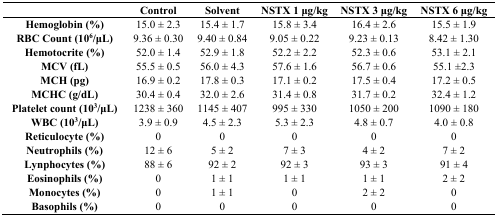
<table><thead><tr><td></td><td><b>Control</b></td><td><b>Solvent</b></td><td><b>NSTX 1 μg/kg</b></td><td><b>NSTX 3 μg/kg</b></td><td><b>NSTX 6 μg/kg</b></td></tr></thead><tbody><tr><td><b>Hemoglobin (%)</b></td><td>15.0 ± 2.3</td><td>15.4 ± 1.7</td><td>15.8 ± 3.4</td><td>16.4 ± 2.6</td><td>15.5 ± 1.9</td></tr><tr><td><b>RBC Count (10<sup>6</sup>/μL)</b></td><td>9.36 ± 0.30</td><td>9.40 ± 0.84</td><td>9.05 ± 0.22</td><td>9.23 ± 0.13</td><td>8.42 ± 1.30</td></tr><tr><td><b>Hemotocrite (%)</b></td><td>52.0 ± 1.4</td><td>52.9 ± 1.8</td><td>52.2 ± 2.2</td><td>52.3 ± 0.6</td><td>53.1 ± 2.1</td></tr><tr><td><b>MCV (fL)</b></td><td>55.5 ± 0.5</td><td>56.0 ± 4.3</td><td>57.6 ± 1.6</td><td>56.7 ± 0.6</td><td>55.1 ±2.3</td></tr><tr><td><b>MCH (pg)</b></td><td>16.9 ± 0.2</td><td>17.8 ± 0.3</td><td>17.1 ± 0.2</td><td>17.5 ± 0.4</td><td>17.2 ± 0.5</td></tr><tr><td><b>MCHC (g/dL)</b></td><td>30.4 ± 0.4</td><td>32.0 ± 2.6</td><td>31.4 ± 0.8</td><td>31.7 ± 0.2</td><td>32.4 ± 1.2</td></tr><tr><td><b>Platelet count (10<sup>3</sup>/μL)</b></td><td>1238 ± 360</td><td>1145 ± 407</td><td>995 ± 330</td><td>1050 ± 200</td><td>1090 ± 180</td></tr><tr><td><b>WBC (10<sup>3</sup>/μL)</b></td><td>3.9 ± 0.9</td><td>4.5 ± 2.3</td><td>5.3 ± 2.3</td><td>4.8 ± 0.7</td><td>4.0 ± 0.8</td></tr><tr><td><b>Reticulocyte (%)</b></td><td>0</td><td>0</td><td>0</td><td>0</td><td>0</td></tr><tr><td><b>Neutrophils (%)</b></td><td>12 ± 6</td><td>5 ± 2</td><td>7 ± 3</td><td>4 ± 2</td><td>7 ± 2</td></tr><tr><td><b>Lynphocytes (%)</b></td><td>88 ± 6</td><td>92 ± 2</td><td>92 ± 3</td><td>93 ± 3</td><td>91 ± 4</td></tr><tr><td><b>Eosinophils (%)</b></td><td>0</td><td>1 ± 1</td><td>1 ± 1</td><td>1 ± 1</td><td>2 ± 2</td></tr><tr><td><b>Monocytes (%)</b></td><td>0</td><td>1 ± 1</td><td>0</td><td>2 ± 2</td><td>0</td></tr><tr><td><b>Basophils (%)</b></td><td>0</td><td>0</td><td>0</td><td>0</td><td>0</td></tr></tbody></table>